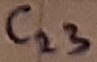
Text: C23